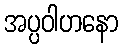
အပ္ပဝါဟနော